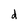
Character: d